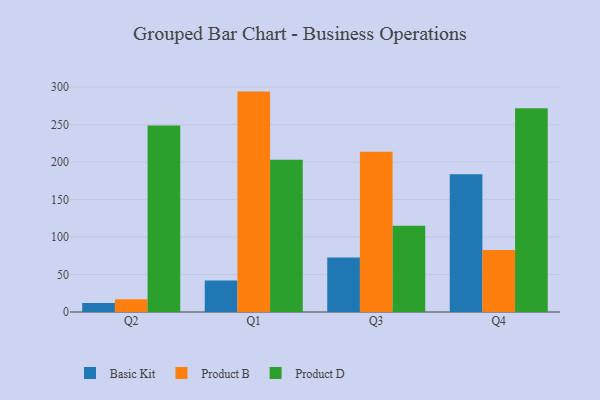
{"axis": {"x": "Quarter", "y": "Humidity (%)"}, "legend": ["Basic Kit", "Product B", "Product D"], "data": [{"x": "Q2", "y": 12.1, "type": "Basic Kit"}, {"x": "Q2", "y": 17.1, "type": "Product B"}, {"x": "Q2", "y": 248.9, "type": "Product D"}, {"x": "Q1", "y": 42.0, "type": "Basic Kit"}, {"x": "Q1", "y": 294.1, "type": "Product B"}, {"x": "Q1", "y": 203.0, "type": "Product D"}, {"x": "Q3", "y": 72.6, "type": "Basic Kit"}, {"x": "Q3", "y": 213.9, "type": "Product B"}, {"x": "Q3", "y": 115.2, "type": "Product D"}, {"x": "Q4", "y": 183.7, "type": "Basic Kit"}, {"x": "Q4", "y": 82.7, "type": "Product B"}, {"x": "Q4", "y": 271.8, "type": "Product D"}]}